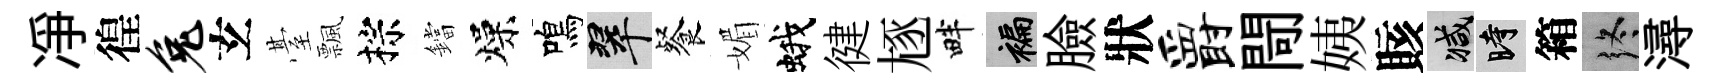
凈徨兔𤣥䑓飄棕鐺燥鳴翠餐媚蛾徤豗畔褊臉狀爵閜姨賅减时箱终潯